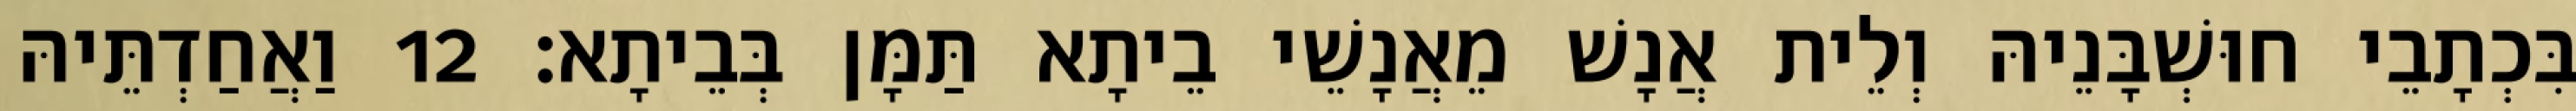
בִּכְתָבֵי חוּשְׁבָּנֵיהּ וְלֵית אֲנָשׁ מֵאֲנָשֵׁי בֵיתָא תַּמָּן בְּבֵיתָא׃ 12 וַאֲחַדְתֵּיהּ